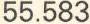
55.583